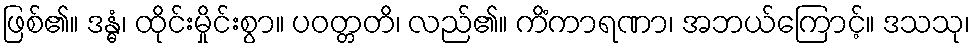
ဖြစ်၏။ ဒန္ဓံ၊ ထိုင်းမှိုင်းစွာ။ ပဝတ္တတိ၊ လည်၏။ ကိံကာရဏာ၊ အဘယ်ကြောင့်။ ဒသသု၊